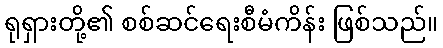
ရုရှားတို့၏ စစ်ဆင်ရေးစီမံကိန်း ဖြစ်သည်။